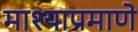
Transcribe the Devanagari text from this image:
माश्याप्रमाणे